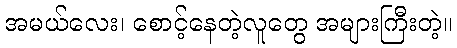
အမယ်လေး၊ စောင့်နေတဲ့လူတွေ အများကြီးတဲ့။